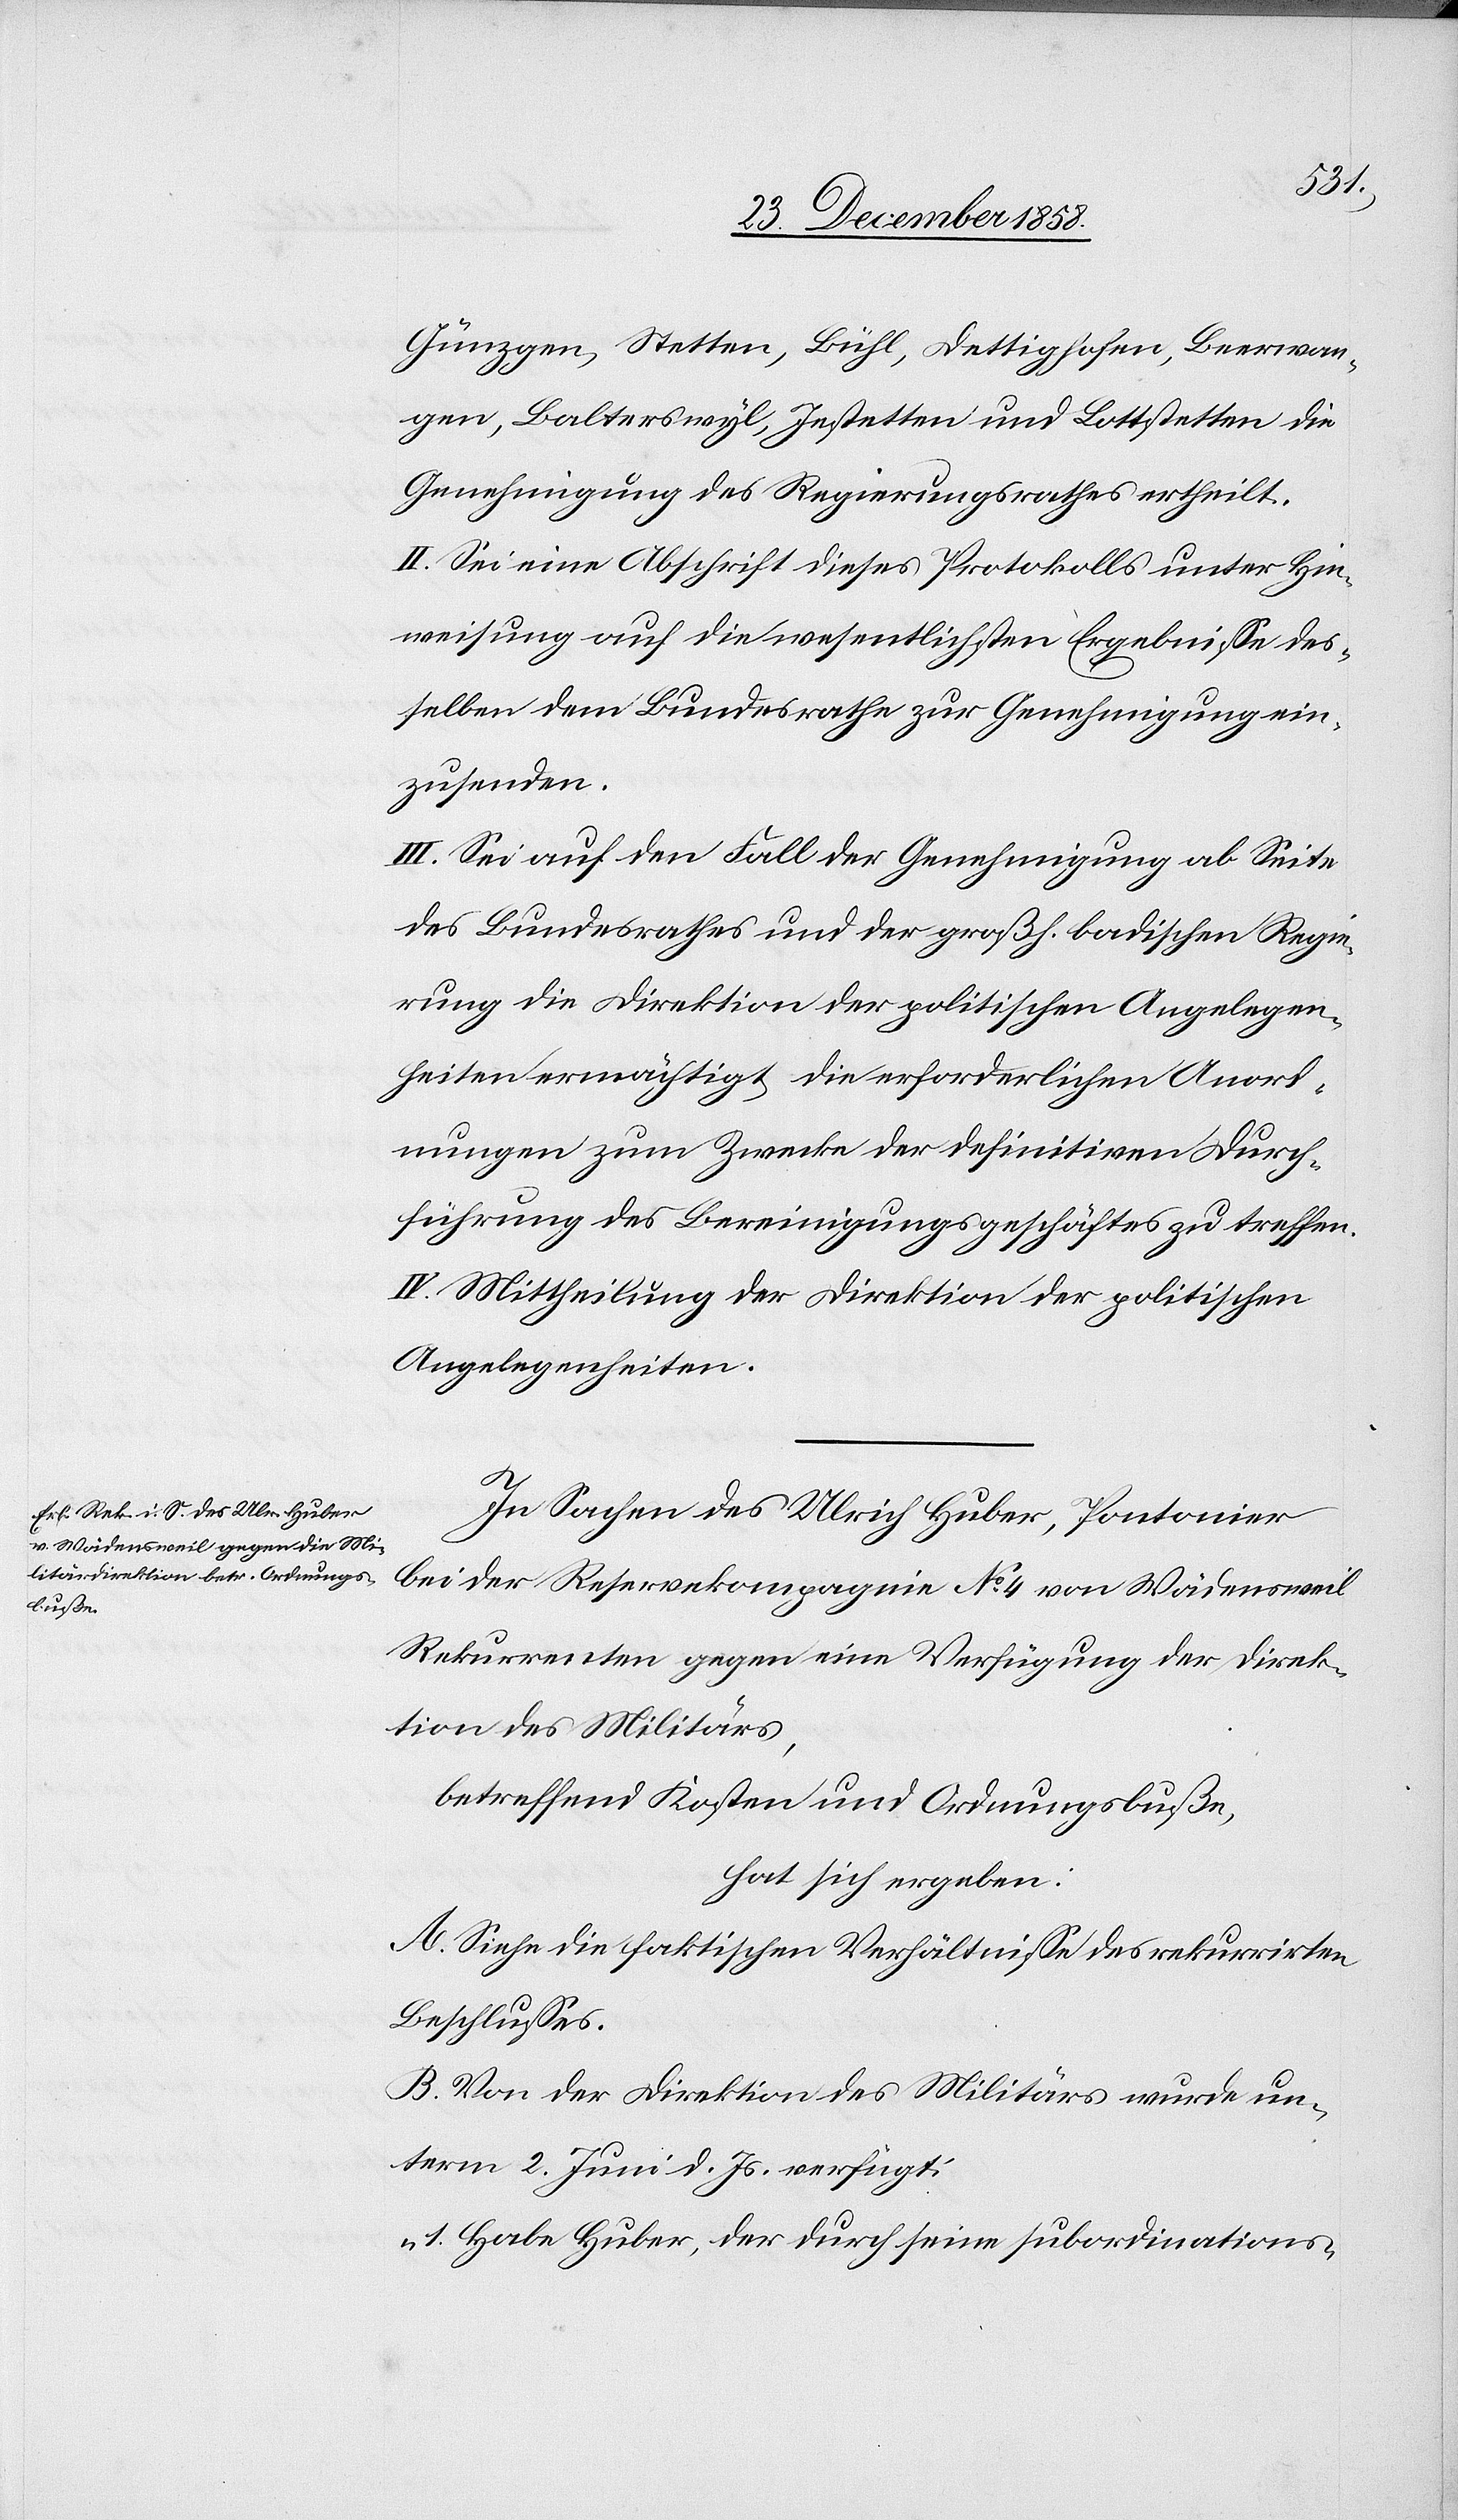
Günzgen, Stetten, Bühl, Dettighofen, Beerwan¬
gen, Balterswyl, Jestetten und Lottstetten die
Genehmigung des Regierungsrathes ertheilt.
II. Sei eine Abschrift dieses Protokolls unter Hin¬
weisung auf die wesentlichsten Ergebnisse des¬
selben dem Bundesrathe zur Genehmigung ein¬
zusenden.
III. Sei auf den Fall der Genehmigung ab Seite
des Bundesrathes und der großh. badischen Regie¬
rung die Direktion der politischen Angelegen¬
heiten ermächtigt, die erforderlichen Anord¬
nungen zum Zwecke der definitiven Durch¬
führung des Bereinigungsgeschäftes zu treffen.
IV. Mittheilung der Direktion der politischen
Angelegenheiten.
In Sachen des Ulrich Huber, Pontonier
bei der Reservekompagnie No 4 von Wädensweil
Rekurrenten gegen eine Verfügung der Direk¬
tion des Militärs,
betreffend Kosten und Ordnungsbuße,
hat sich ergeben:
A. Siehe die faktischen Verhältnisse des rekurrirten
Beschlusses.
B. Von der Direktion des Militärs wurde un¬
term 2. Juni d. Js. verfügt:
Habe Huber, der durch seine subordinations-